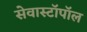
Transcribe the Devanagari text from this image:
सेवास्टॉपॉल